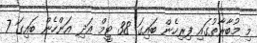
މި މުބާރާތުގައި ފިރިހެން ބައިގަ 38 ޓީމް އަދި އަންހެން ބައިގަ 7